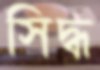
সিদ্ধ